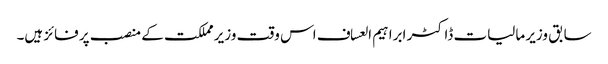
سابق وزیر مالیات ڈاکٹر ابراہیم العساف اس وقت وزیر مملکت کے منصب پر فائز ہیں۔